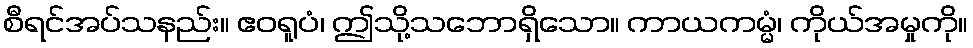
စီရင်အပ်သနည်း။ ဧဝရူပံ၊ ဤသို့သဘောရှိသော။ ကာယကမ္မံ၊ ကိုယ်အမှုကို။